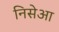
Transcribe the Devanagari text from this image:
निसेआ